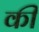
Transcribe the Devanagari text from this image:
की